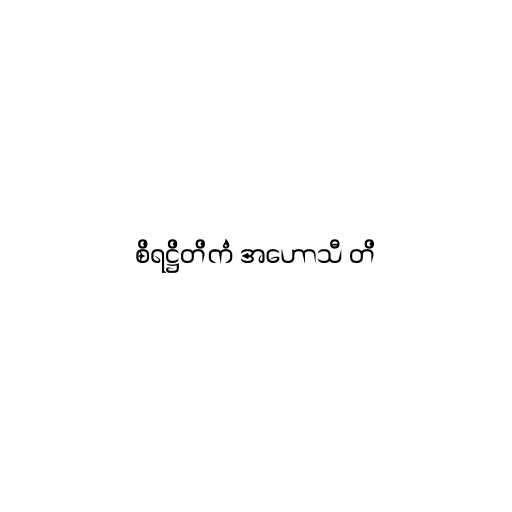
စိရဋ္ဌိတိကံ အဟောသီ တိ